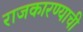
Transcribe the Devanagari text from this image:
राजकारण्याची